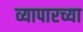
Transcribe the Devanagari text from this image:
व्यापारच्या